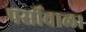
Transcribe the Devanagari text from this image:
पर्सीवाल।